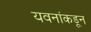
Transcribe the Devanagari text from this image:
यवनांकडून